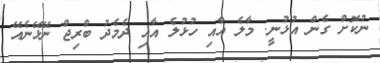
ނުކޮށް ގެން އުޅުނީ. މާލެ އާއި ހުޅުލެ އާއި ދެމެދު ބްރިޖް ނޭޅޭނެއޭ